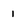
Character: I